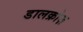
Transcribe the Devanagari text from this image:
डालक्रोज़